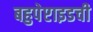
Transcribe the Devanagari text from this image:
बहुपेप्टाइडची